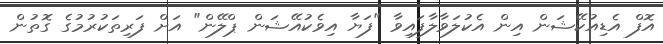
އޮފް އެޑިއުކޭޝަން އިން އެކުލަވާލާފައިވާ "ފަޔާ އިވެކުއޭޝަން ޕްލޭން" އަށް ފަރިތަކުރުމުގެ ގޮތުން